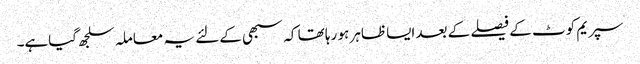
سپریم کوٹ کے فیصلے کے بعد ایسا ظاہر ہو رہا تھا کہ سبھی کے لئے یہ معاملہ سلجھ گیاہے۔